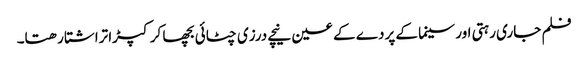
فلم جاری رہتی اور سینما کے پردے کے عین نیچے درزی چٹائی بچھا کر کپڑا تراشتا رھتا۔